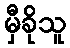
မှီခိုသူ